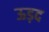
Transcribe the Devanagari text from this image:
ऊड़द